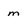
Character: m